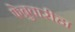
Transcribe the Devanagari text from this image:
फेब्रुवारीहा